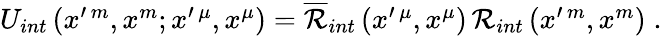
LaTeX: \begin{array}{r}{U_{int}\left(x^{\prime\, m},x^{m};x^{\prime\, \mu},x^{\mu}\right)=\overline{{\mathcal{R}}}_{int}\left(x^{\prime\, \mu},x^{\mu}\right)\, \mathcal{R}_{int}\left(x^{\prime\, m},x^{m}\right)\; .}\end{array}